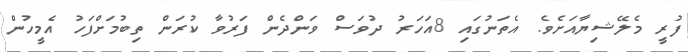
ފުރީ މެލޭޝިޔާއަށެވެ. އެތަނުގައި 8އަހަރު ދުވަސް ވަންދެން ފަރުވާ ކުރަން ތިބުމަށްފަހު އެމީހުން